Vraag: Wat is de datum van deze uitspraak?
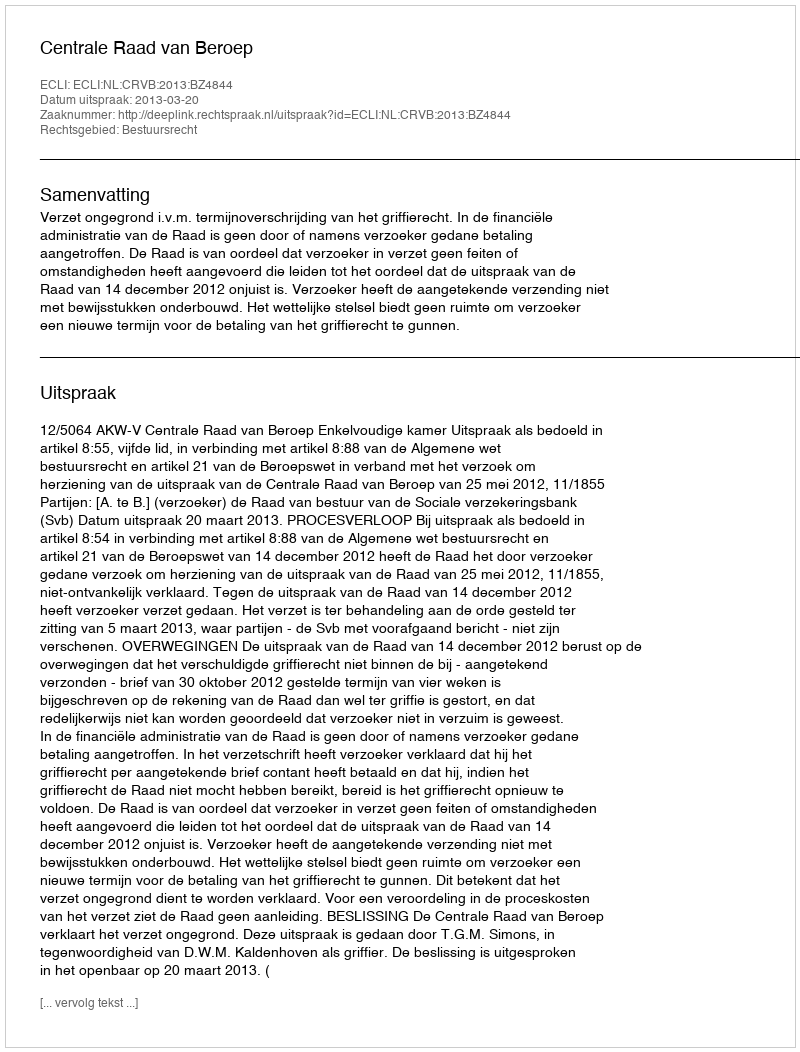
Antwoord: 2013-03-20